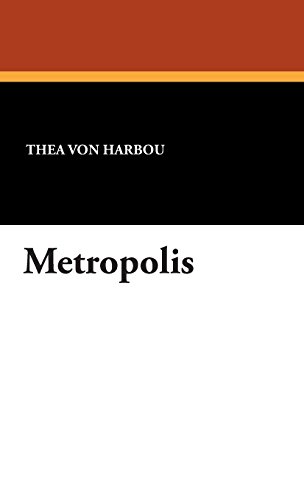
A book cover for Metropolis; Thea Von Harbou; Science Fiction & Fantasy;